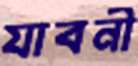
যাবনী